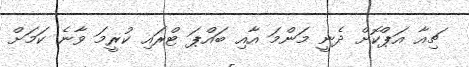
ޗިއާ އަޕްކޮށް ދެނީ މަންމަ އާއި ބައްޕަ ޓްރައި ކުރީމަ ވާނެ ކަމަށް